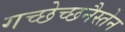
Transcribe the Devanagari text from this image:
गच्छेच्छनैस्तेन